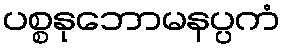
ပစ္စနုဘောမနပ္ပကံ